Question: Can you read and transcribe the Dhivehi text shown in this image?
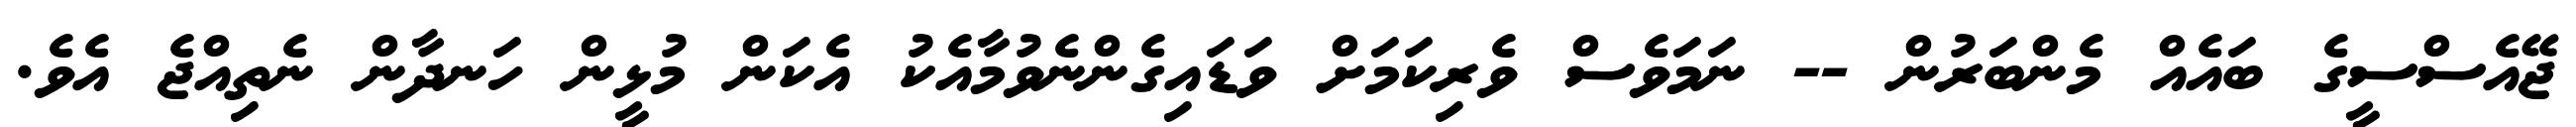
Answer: ޖޭއެސްސީގެ ބައެއް މެންބަރުން -- ނަމަވެސް ވެރިކަމަށް ވަޑައިގެންނެވުމާއެކު އެކަން މުޅީން ހަނދާން ނެތިއްޖެ އެވެ.